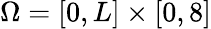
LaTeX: \Omega=[0,L]\times[0,8]